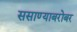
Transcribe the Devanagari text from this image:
ससाण्याबरोबर